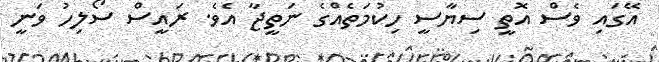
އޭގައި ވެސް އޮތީ ސިޔާސީ ހިކުމަތެއްގެ ނަތީޖާ އެވެ. ރައީސް ސޯލިހު ވަނީ